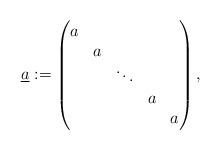
LaTeX: \begin{align*}\underline{a} := \begin{pmatrix}a \\& a\\&&\ddots \\&&& a \\&&&& a\end{pmatrix},\end{align*}